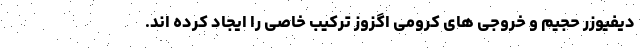
دیفیوزر حجیم و خروجی های کرومی اگزوز ترکیب خاصی را ایجاد کرده اند.